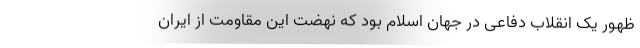
ظهور یک انقلاب دفاعی در جهان اسلام بود که نهضت این مقاومت از ایران